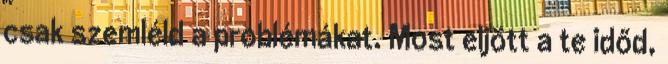
csak szemléld a problémákat. Most eljött a te időd,